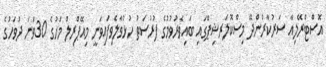
އޮސްޓްރޭލިއާ ސަރުކާރުންދޭ މިސްކޮލަރޝިޕްގައި ބައިވެރުވުމުގެ ފުރުސަތު ހުޅުވާލެވިފައިވަނީ މިއޭޕްރިލް މަހުގެ 30ވަނަ ދުވަހުގެ